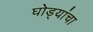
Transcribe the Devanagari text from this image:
घोड्यांचा